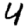
Digit: 4